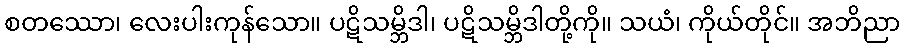
စတဿော၊ လေးပါးကုန်သော။ ပဋိသမ္ဘိဒါ၊ ပဋိသမ္ဘိဒါတို့ကို။ သယံ၊ ကိုယ်တိုင်။ အဘိညာ